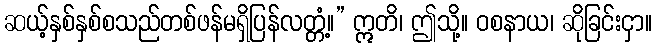
ဆယ့်နှစ်နှစ်စသည်တစ်ဖန်မရှိပြန်လတ္တံ့။” ဣတိ၊ ဤသို့။ ဝစနာယ၊ ဆိုခြင်းငှာ။